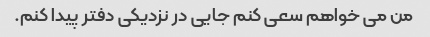
من می خواهم سعی کنم جایی در نزدیکی دفتر پیدا کنم.